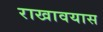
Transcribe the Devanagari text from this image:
राखावयास